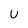
Character: U